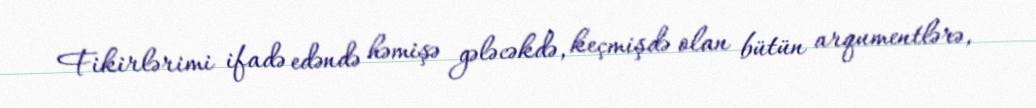
Fikirlərimi ifadə edəndə həmişə gələcəkdə, keçmişdə olan bütün arqumentlərə,